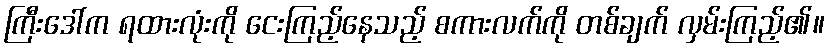
ကြီးဒေါ်က ရထားလုံးကို ငေးကြည့်နေသည့် စကားလက်ကို တစ်ချက် လှမ်းကြည့်၏။